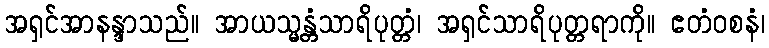
အရှင်အာနန္ဒာသည်။ အာယသ္မန္တံသာရိပုတ္တံ၊ အရှင်သာရိပုတ္တရာကို။ ဧတံဝစနံ၊